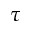
\tau